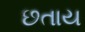
છતાય